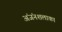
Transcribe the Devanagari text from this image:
अंजंनशलाका